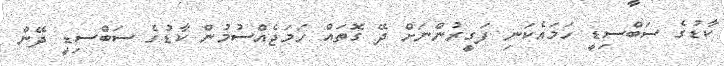
ކާޑުގެ ސަބްސިޑީ ހަމައެކަނި ފަގީރުންނަށް ދޭ ގޮތައް ހަމަޖެއްސުމުން ކާޑުގެ ސަބްސިޑީ ދޭން